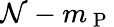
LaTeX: \mathcal{N}-m_{\mathrm{{~P~}}}